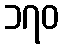
၁၇၀